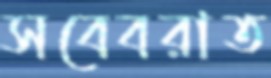
সবেবরাত